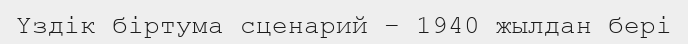
Үздік бiртума сценарий – 1940 жылдан бері